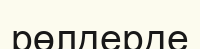
рөлдерде